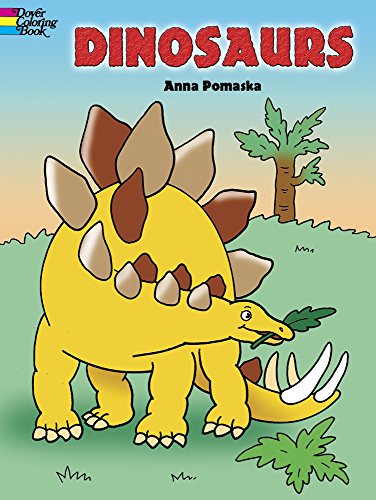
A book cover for Dinosaurs (Dover Coloring Books); Children's Books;